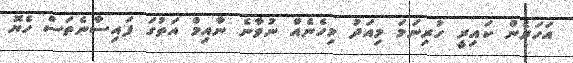
އަހަރެން ކައިރީ ހުރިނަމަ މިއަދު މިހެނެއް ނުވާނެ ނާއިމް އަތުގަ ފައިސާނެތަސް ހެޔޮ